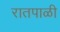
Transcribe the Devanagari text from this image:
रातपाळी